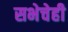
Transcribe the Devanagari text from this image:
सभेचेही